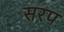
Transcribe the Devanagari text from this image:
सरप